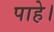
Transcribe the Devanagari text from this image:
पाहे।